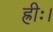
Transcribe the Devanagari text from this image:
ह्रीः।